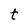
Character: t